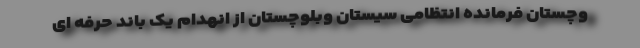
وچستان فرمانده انتظامی سیستان وبلوچستان از انهدام یک باند حرفه ای